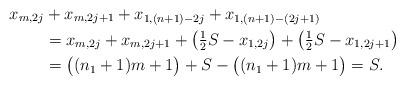
LaTeX: \begin{align*}x_{m,2j} &+ x_{m,2j+1} + x_{1,(n+1)-2j} + x_{1,(n+1)-(2j+1)} \\&= x_{m,2j} + x_{m,2j+1} + \bigl( \tfrac{1}{2} S - x_{1,2j} \bigr) + \bigl( \tfrac{1}{2} S - x_{1,2j+1} \bigr) \\&= \bigl( (n_1 +1 )m +1 \bigr) + S - \bigl( (n_1 +1) m +1 \bigr) =S.\end{align*}